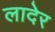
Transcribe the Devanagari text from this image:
लादेर